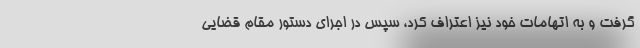
گرفت و به اتهامات خود نیز اعتراف کرد، سپس در اجرای دستور مقام قضایی